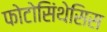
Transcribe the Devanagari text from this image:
फोटोसिंथेसिस